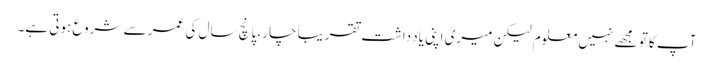
آپ کا تو مجھے نہیں معلوم لیکن میری اپنی یاد داشت تقریباً چار، پانچ سال کی عمر سے شروع ہوتی ہے۔